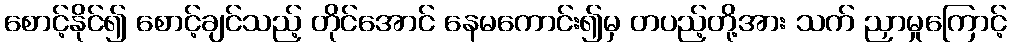
စောင့်နိုင်၍ စောင့်ချင်သည့် တိုင်အောင် နေမကောင်း၍မှ တပည့်တို့အား သက် ညှာမှုကြောင့်